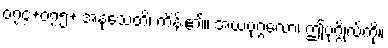
၀၇၄+၀၇၅+ အနုသေတိ၊ ကိန်း၏။ အယံပုဂ္ဂလော၊ ဤပုဂ္ဂိုလ်ကို။